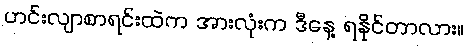
ဟင်းလျာစာရင်းထဲက အားလုံးက ဒီနေ့ ရနိုင်တာလား။